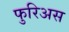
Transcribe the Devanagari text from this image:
फुरिअस